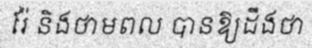
រ៉ែ និងថាមពល បានឱ្យដឹងថា